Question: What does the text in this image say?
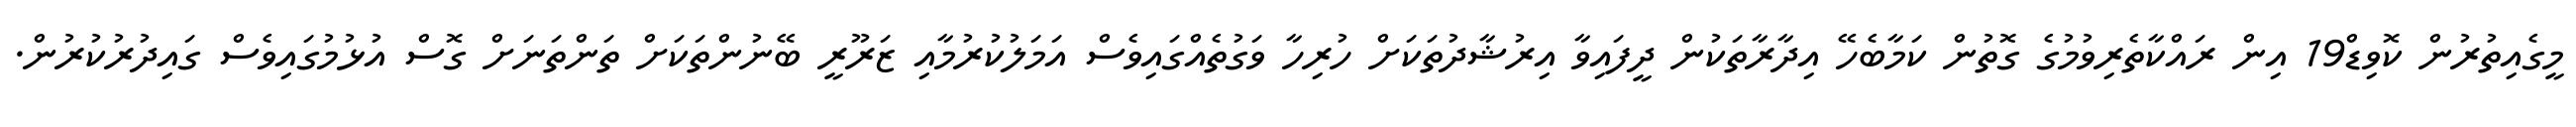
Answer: މީގެއިތުރުން ކޮވިޑް19 އިން ރައްކާތެރިވުމުގެ ގޮތުން ކަމާބެހޭ އިދާރާތަކުން ދީފައިވާ އިރުޝާދުތަކަށް ހުރިހާ ވަގުތެއްގައިވެސް އަމަލުކުރުމާއި ޒަރޫރީ ބޭނުންތަކަށް ތަންތަނަށް ގޮސް އުޅުމުގައިވެސް ގައިދުރުކުރުން.